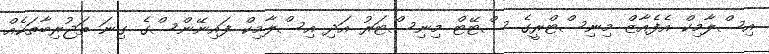
އިސްލާމިކް އެފެއާޒް މިނިސްޓްރީގެ ސްޓޭޓް މިނިސްޓަރު އަދި އިސްލާމިކް ފައިނޭންސްގެ ގިނަ ތަޖުރިބާތަކެއް